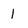
Character: 1